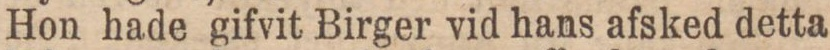
Hon hade gifvit Birger vid hans afsked detta